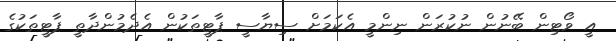
އީ ވޯޓިން ބޭނުން ނުކުރަން ނިންމީ އެކަމަށް ސިޔާސީ ޕާޓީތަކުން އެދެމުންދާތީ ޕާޓީތަކުގެ